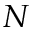
N